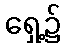
ရှေ့၌